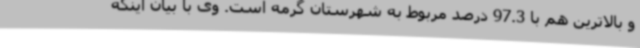
و بالاترین هم با 97.3 درصد مربوط به شهرستان گرمه است. وی با بیان اینکه